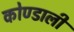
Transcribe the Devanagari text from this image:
कोण्डाली